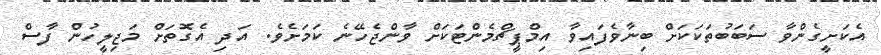
އެކަށީގެންވާ ސަބަބުތަކަކަށް ބިނާވެފައިވާ އިމްޕީޗްމެންޓަކަށް ވާންޖެހޭނެ ކަމަށެވެ. އަދި އެގޮތަށް މަޖިލީހުން ފާސް